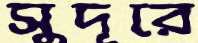
সুদূরে